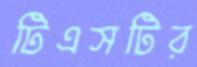
টিএসটির